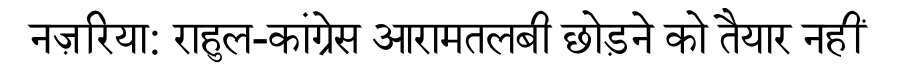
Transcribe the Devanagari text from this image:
नज़रिया: राहुल-कांग्रेस आरामतलबी छोड़ने को तैयार नहीं